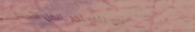
نحن نقدم لكم أفضل الأسعار